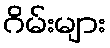
ဂိမ်းများ